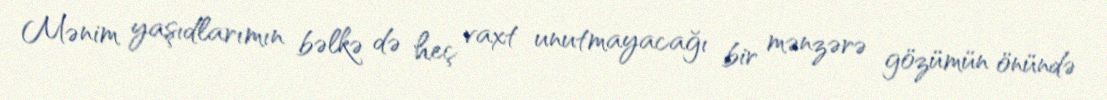
Mənim yaşıdlarımın bəlkə də heç vaxt unutmayacağı bir mənzərə gözümün önündə